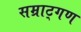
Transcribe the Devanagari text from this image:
सम्राट्गण